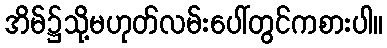
အိမ်၌သို့မဟုတ်လမ်းပေါ်တွင်ကစားပါ။